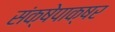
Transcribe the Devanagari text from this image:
संक्षेपाक्षर